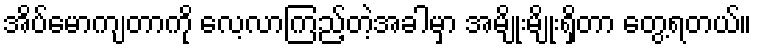
အိပ်မောကျတာကို လေ့လာကြည့်တဲ့အခါမှာ အမျိုးမျိုးရှိတာ တွေ့ရတယ်။